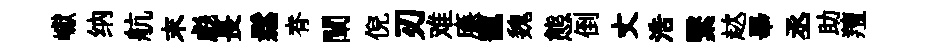
巘纳航末彪長鬆脊闡倪刃难㢘寵魏態倒丈浩繄趑畢丞助羶